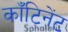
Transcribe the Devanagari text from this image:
काँटिनेंट